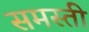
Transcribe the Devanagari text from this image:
समस्ती